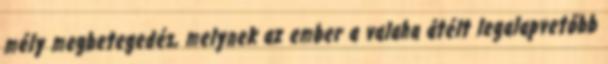
mély megbetegedés, melynek az ember a valaha átélt legalapvetőbb